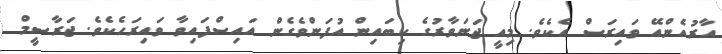
އާރުއެންއޭ ވައިރަސް އެކެވެ. މިއީ ޖަނަވާރުގެ ކިބައިން އުފަންވެގެން އައިސްފައިވާ ވައިރަހެކެވެ. ޖަރާސީމް